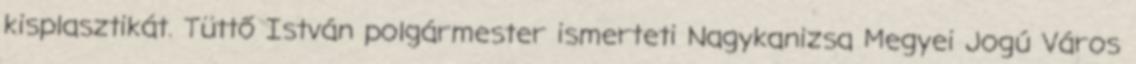
kisplasztikát. Tüttő István polgármester ismerteti Nagykanizsa Megyei Jogú Város